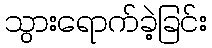
သွားရောက်ခဲ့ခြင်း